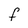
Character: F